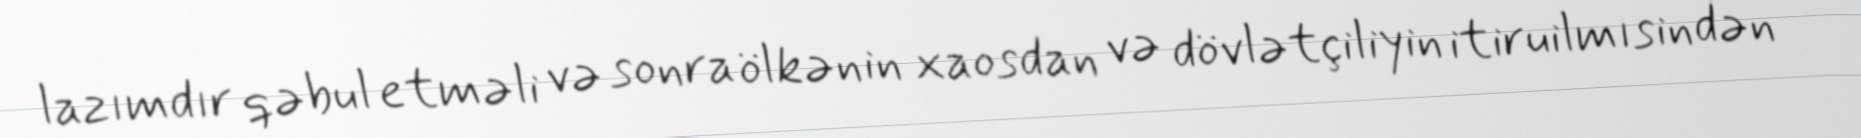
lazımdır qəbul etməli və sonra ölkənin xaosdan və dövlətçiliyin itiruilmısindən